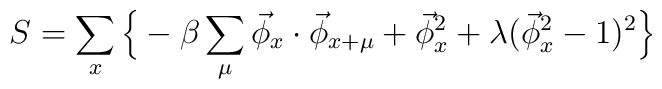
S= \sum_{x}\Big\{-\beta \sum_{\mu}\vec\phi_x\cdot\vec\phi_{x+\mu} + \vec\phi_x^2 + \lambda(\vec\phi_x^2 -1)^2\Big\}